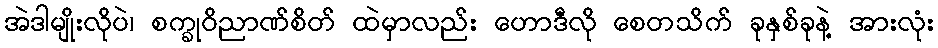
အဲဒါမျိုးလိုပဲ၊ စက္ခုဝိညာဏ်စိတ် ထဲမှာလည်း ဟောဒီလို စေတသိက် ခုနှစ်ခုနဲ့ အားလုံး